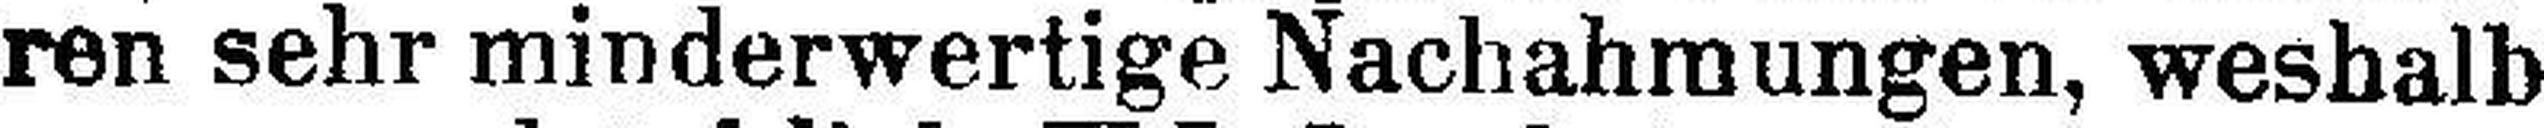
ren sehr minderwertige Nachahmungen, weshalb